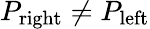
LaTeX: P_{\textrm{right}}\neq P_{\textrm{left}}